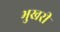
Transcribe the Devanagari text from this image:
भुखरी